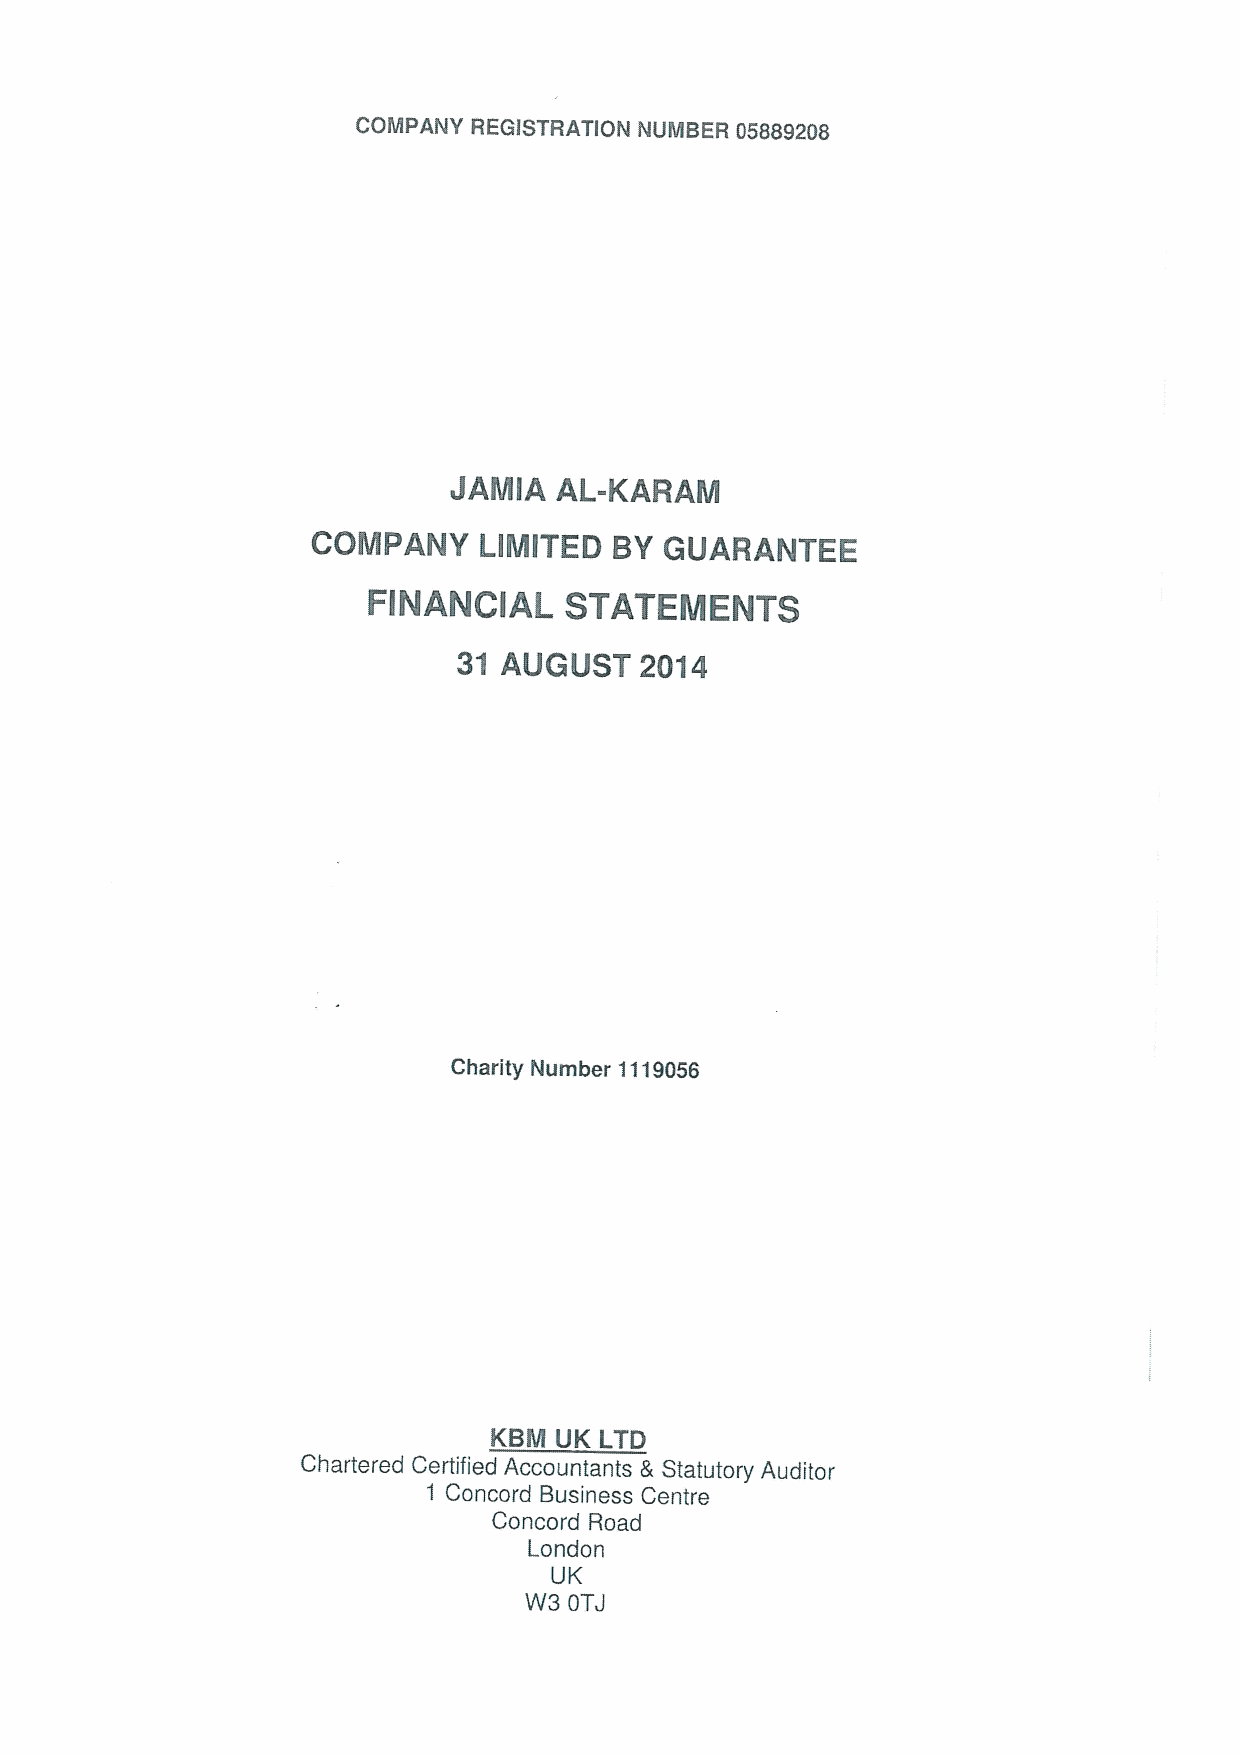
COMPANY REGISTRATION NUMBER 05889208
 JAMIA  AL-KARAM
 COMPANY    LIMITED  BY GUARANTEE
 FlNANClAL    STATEMENTS
 31 AUGUST   2014
 Charity Number 1119056
 KBM  UK LTD
 Chartered Certified Accountants 8 Statutory Auditor
 1 Concord Business Centre
 Concord Road
 London
 UK
 W3 OTJ